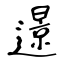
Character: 𨗈